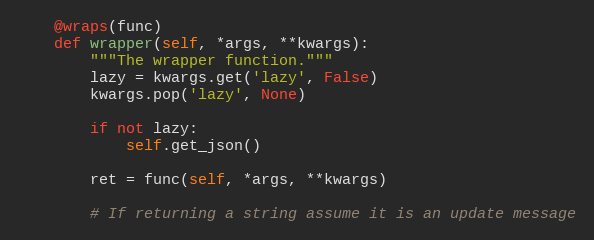
Language: Python
    @wraps(func)
    def wrapper(self, *args, **kwargs):
        """The wrapper function."""
        lazy = kwargs.get('lazy', False)
        kwargs.pop('lazy', None)

        if not lazy:
            self.get_json()

        ret = func(self, *args, **kwargs)

        # If returning a string assume it is an update message